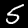
Digit: 5